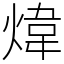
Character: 煒